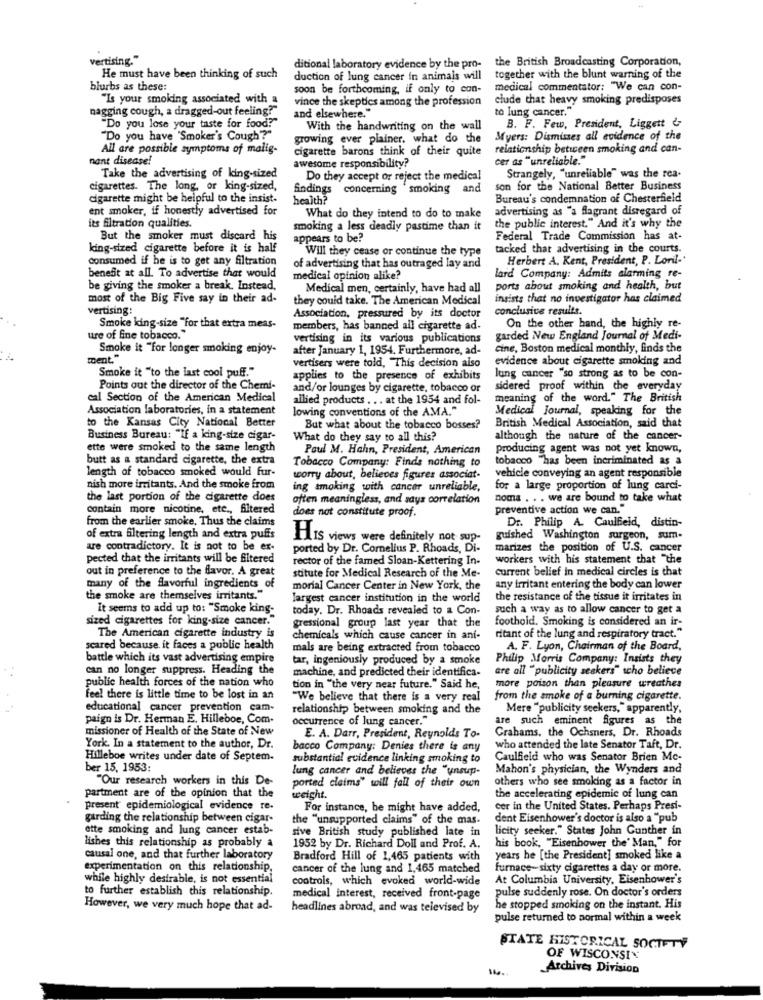
vertising."
the British Broadcasting Corporation,
ditional laboratory evidence by the pro-
He must have been thinking of such
duction of lung cancer in animais will
together with the blunt warning of the
blurbs as these:
soon be forthcoming, if only to con-
medical commentator: "We can con-
"Is your smoking associated with a
vince the skeptics among the profession
clude that heavy smoking predisposes
and elsewhere."
nagging cough, a dragged-out feeling."
"Do you lose your taste for food?"
to lung cancer."
With the handwriting on the wall
B. F. Few, President, Liggett &
"Do you have "Smoker's Cough'?"
growing ever plainer. what do the
Myers: Dismisses all evidence of the
All are possible symptoms of malig-
cigarette barons think of their quite
relationship between smoking and can-
nant disease!
awesome responsibility?
cer as "unreliable."
Take the advertising of king-sized
Do they accept or reject the medical
Strangely, "unreliable" was the rea-
cigarettes. The long, or king-sized,
findings
concerning smoking and
son for the National Better Business
cigarette might be helpful to the insist.
health?
Bureau's condemnation of Chesterfield
ent smoker, if honestly advertised for
What do they intend to do to make
advertising as "a flagrant disregard of
its filtration qualities.
smoking a less deadly pastime than it
the public interest." And it's why the
But the smoker must discard his
appears to be?
Federal Trade Commission has at-
king-sized cigarette before it is half
Will they cease or continue the type
tacked that advertising in the courts.
consumed if he is to get any filtration
Herbert A. Kent, President, P. Loril-'
benefit at all. To advertise that would
of advertising that has outraged lay and
medical opinion alike?
lard Company: Admits alarming re-
be giving the smoker a break. Instead,
Medical men, certainly, have had all
ports about smoking and health, but
most of the Big Five say in their ad-
they could take. The American Medical
insists that no investigator has claimed
vertising:
Association, pressured by its doctor
conclusive results.
Smoke king-size "for that extra meas-
members, has banned all cigarette ad-
On the other hand, the highly re-
ure of fine tobacco."
vertising in its various publications
garded New England Journal of Medi-
Smoke it "for longer smoking enjoy-
after January 1, 1954. Furthermore, ad-
cine, Boston medical monthly, finds the
toent.
evidence about cigarette smoking and
Smoke it "to the last cool puff."
vertisers were told, This decision also
applies to the presence of exhibits
lung cancer "so strong as to be con-
Points out the director of the Chemi-
and/or lounges by cigarette, tobacco or
sidered proof within the everyday
cal Section of the American Medical
allied products . .. at the 1954 and fol-
meaning of the word." The British
Association laboratories, in a statement
lowing conventions of the AMA."
Medical Journal, speaking for the
British Medical Association, said that
to the Kansas City National Better
But what about the tobacco bosses?
Business Bureau: "If a king-size cigar-
What do they say to all this?
although the nature of the cancer-
ette were smoked to the same length
Paul M. Hahn, President, American
producing agent was not yet known,
butt as a standard cigarette, the extra
Tobacco Company: Finds nothing to
tobacco "has been incriminated as a
length of tobacco smoked would fur-
worry about, believes figures associat-
vehicle conveying an agent responsible
nish more irritants. And the smoke from
ing smoking with cancer unreliable,
for a large proportion of lung carci-
the last portion of the cigarette does
often meaningless, and says correlation
noma . . . we are bound to take what
contain more nicotine, etc ., filtered
does not constitute proof.
preventive action we can."
from the earlier smoke. Thus the claims
Dr. Philip A. Caulfield, distin-
of extra filtering length and extra puffs
HIS views were definitely not sup-
guished Washington surgeon, sum-
are contradictory. It is not to be ex-
ported by Dr. Cornelius P. Rhoads, Di-
marizes the position of U.S. cancer
pected that the irritants will be filtered
rector of the famed Sloan-Kettering In-
workers with his statement that "the
out in preference to the flavor. A great
current belief in medical circles is that
stitute for Medical Research of the Me-
many of the flavorful ingredients of
morial Cancer Center in New York, the
any irritant entering the body can lower
the smoke are themselves irritants."
largest cancer institution in the world
the resistance of the tissue it irritates in
It seems to add up to: "Smoke king-
today. Dr. Rhoads revealed to a Con-
such a way as to allow cancer to get a
sized cigarettes for king-size cancer."
foothold, Smoking is considered an ir-
gressional group last year that the
The American cigarette industry is
chemicals which cause cancer in ani-
ritant of the lung and respiratory tract."
scared because it faces a public health
mals are being extracted from tobacco
A. F. Lyon, Chairman of the Board,
battle which its vast advertising empire
tar, ingeniously produced by a smoke
Philip Morris Company: Insists they
can no longer suppress. Heading the
machine, and predicted their identifica-
are all "publicity seekers" who believe
public health forces of the nation who
tion in "the very near future." Said he,
more poison than pleasure wreathes
feel there is little time to be lost in an
"We believe that there is a very real
from the smoke of a burning cigarette.
educational cancer prevention cam-
relationship between smoking and the
Mere "publicity seekers, " apparently,
paign is Dr. Herman E. Hilleboe, Com.
occurrence of lung cancer."
are such eminent figures as the
missioner of Health of the State of New
Grahams. the Ochsners, Dr. Rhoads
E. A. Darr, President, Reynolds To-
York. In a statement to the author, Dr.
bacco Company: Denies there is any
who attended the late Senator Taft, Dr.
Hilleboe writes under date of Septem.
substantial evidence linking smoking to
Caulfield who was Senator Brien Mc-
ber 15, 1953:
lung cancer and believes the "unsup-
Mahon's physician, the Wynders and
"Our research workers in this Do-
ported claims" will fall of their own
others who see smoking as a factor in
partment are of the opinion that the
weight.
the accelerating epidemic of lung can
present epidemiological evidence te-
For instance, be might have added,
cer in the United States. Perhaps Presi-
garding the relationship between cigar-
the "unsupported claims" of the mas-
dent Eisenhower's doctor is also a "pub
ette smoking and lung cancer estab-
sive British study published late in
licity seeker." States John Gunther in
lishes this relationship as probably a
his book, "Eisenhower the' Man," for
1952 by Dr. Richard Doll and Prof. A.
causal one, and that further laboratory
Bradford Hill of 1,465 patients with
years he [the President] smoked like a
experimentation on this relationship.
cancer of the lung and 1,465 matched
furnace-sixty cigarettes a day or more.
while highly desirable, is not essential
controls, which evoked world-wide
At Columbia University, Eisenhower's
to further establish this relationship.
pulse suddenly rose. On doctor's orders
medical interest, received front-page
However, we very much hope that ad-
headlines abroad, and was televised by
he stopped smoking on the instant. His
pulse returned to normal within a week
STATE HISTORICAL SOCIETY
OF WISCONSIN
Archives Division